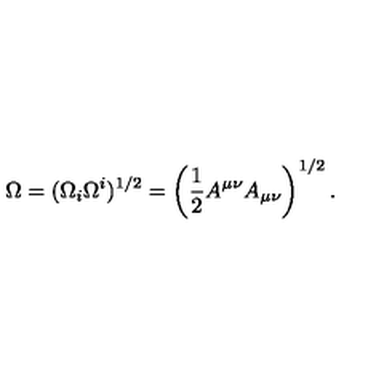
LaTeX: \Omega = ( \Omega _ { i } \Omega ^ { i } ) ^ { 1 / 2 } = \left( \frac 1 2 A ^ { \mu \nu } A _ { \mu \nu } \right) ^ { 1 / 2 } .